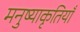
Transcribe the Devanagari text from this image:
मनुष्याकृतियाँ